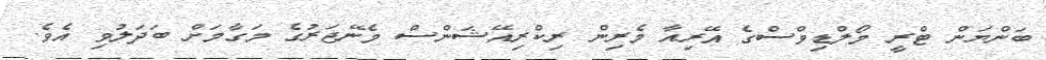
ބަންޔަން ޓްރީ މޯލްޑިވްސްގެ އޭރިއާ މެރިން ރިކްރިއޭޝަންސް މެނޭޖަރުގެ މަގާމަށް ބަދަލުވި އެވެ.